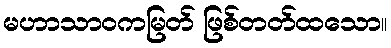
မဟာသာဝကမြတ် ဖြစ်တတ်ထသော။